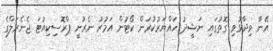
އޭނާ ވިދާޅުވި ގޮތުގައި ނަޝީދު ހައްޔަރުކުރަން ކޯޓުން އަމުރު ނެރުނީ ޕްރޮސިކިއުޓަ ޖެނެރަލްގެ